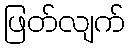
ဖြတ်လျက်